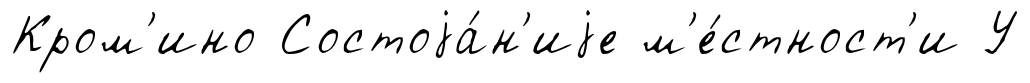
Кром'ино Состоjа́н'иjе м'е́стност'и У